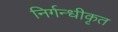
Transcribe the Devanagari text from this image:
निर्गन्धीकृत